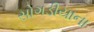
સોગડીયાના